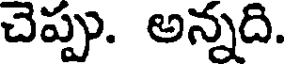
చెప్పు. అన్నది.